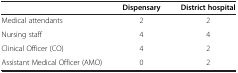
<table><thead><tr><td><b> </b></td><td><b>Dispensary</b></td><td><b>District hospital</b></td></tr></thead><tbody><tr><td>Medical attendants</td><td>2</td><td>2</td></tr><tr><td>Nursing staff</td><td>4</td><td>4</td></tr><tr><td>Clinical Officer (CO)</td><td>4</td><td>2</td></tr><tr><td>Assistant Medical Officer (AMO)</td><td>0</td><td>2</td></tr></tbody></table>